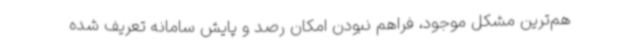
هم‌ترین مشکل موجود، فراهم نبودن امکان رصد و پایش سامانه تعریف شده